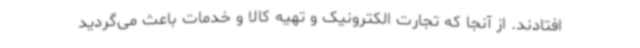
افتادند. از آنجا که تجارت الکترونیک و تهیه کالا و خدمات باعث می‌گردید